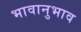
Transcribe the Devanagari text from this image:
भावानुभाव